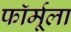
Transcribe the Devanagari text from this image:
फाॅर्मूला